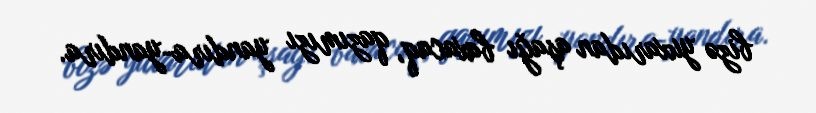
bizə yuxarıdan aşağı baxacaq, qazımızı yandıra-yandıra.